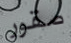
صقور